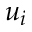
u _ { i }